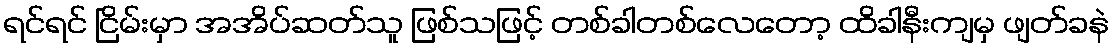
ရင်ရင် ငြိမ်းမှာ အအိပ်ဆတ်သူ ဖြစ်သဖြင့် တစ်ခါတစ်လေတော့ ထိခါနီးကျမှ ဖျတ်ခနဲ